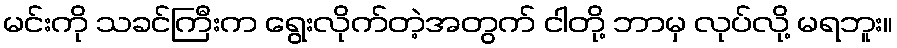
မင်းကို သခင်ကြီးက ရွေးလိုက်တဲ့အတွက် ငါတို့ ဘာမှ လုပ်လို့ မရဘူး။